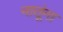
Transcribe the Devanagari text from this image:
नातूंना